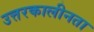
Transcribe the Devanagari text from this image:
उत्तरकालीनता